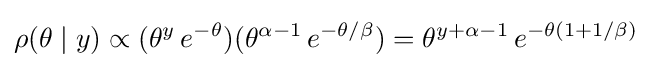
\rho (\theta \mid y)\propto (\theta ^{y}\,e^{-\theta })(\theta ^{\alpha -1}\,e^{-\theta /\beta })=\theta ^{y+\alpha -1}\,e^{-\theta (1+1/\beta )}